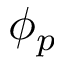
\phi _ { p }